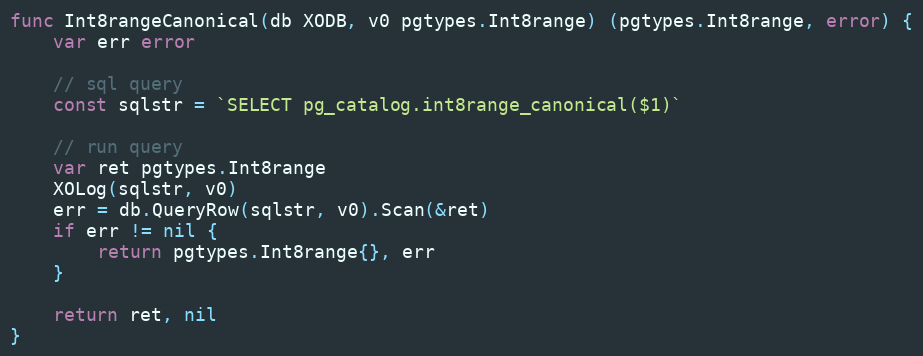
Language: Go
func Int8rangeCanonical(db XODB, v0 pgtypes.Int8range) (pgtypes.Int8range, error) {
	var err error

	// sql query
	const sqlstr = `SELECT pg_catalog.int8range_canonical($1)`

	// run query
	var ret pgtypes.Int8range
	XOLog(sqlstr, v0)
	err = db.QueryRow(sqlstr, v0).Scan(&ret)
	if err != nil {
		return pgtypes.Int8range{}, err
	}

	return ret, nil
}